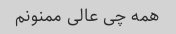
همه چی عالی ممنونم